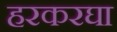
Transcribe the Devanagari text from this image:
हरकरघा